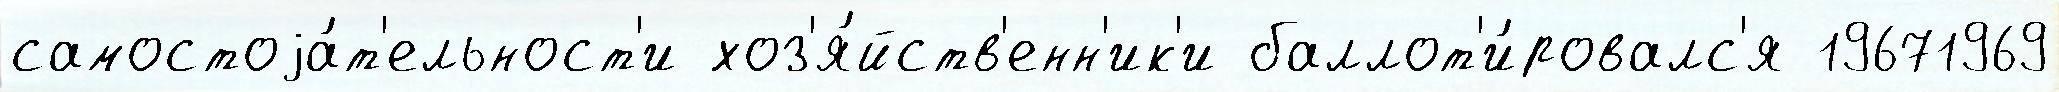
самостоjа́т'ельност'и хоз'я́йств'енн'ик'и баллот'и́ровалс'я 19671969